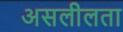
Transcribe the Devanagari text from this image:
असलीलता